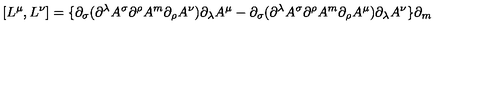
[ L ^ { \mu } , L ^ { \nu } ] = \{ \partial _ { \sigma } ( \partial ^ { \lambda } A ^ { \sigma } \partial ^ { \rho } A ^ { m } \partial _ { \rho } A ^ { \nu } ) \partial _ { \lambda } A ^ { \mu } - \partial _ { \sigma } ( \partial ^ { \lambda } A ^ { \sigma } \partial ^ { \rho } A ^ { m } \partial _ { \rho } A ^ { \mu } ) \partial _ { \lambda } A ^ { \nu } \} \partial _ { m }